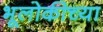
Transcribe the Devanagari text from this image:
भूलोकीच्या